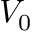
V _ { 0 }